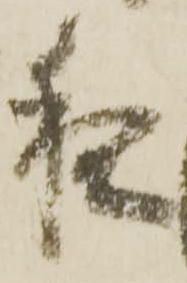
夜